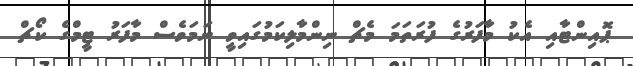
ޕޮއިންޓާއި އެކު މާފަރުގެ ފުރަތަމަ މެޗް ނިންމާލިކަމުގައިވީ ނަމަވެސް މާފަރު ޓީމްގެ ކޯޗް